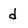
Character: d